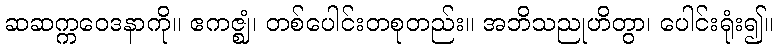
ဆဆက္ကဝေဒနာကို။ ဧကဇ္ဈံ၊ တစ်ပေါင်းတစုတည်း။ အဘိသညုဟိတွာ၊ ပေါင်းရုံး၍။